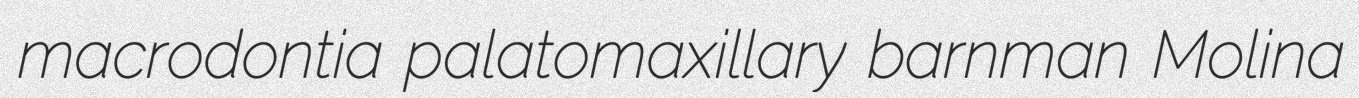
macrodontia palatomaxillary barnman Molina